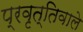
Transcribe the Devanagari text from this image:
प्रवृत्तिवाले